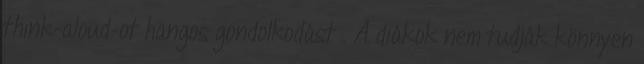
think-aloud-ot hangos gondolkodást . A diákok nem tudják könnyen